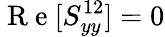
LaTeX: \mathrm{~R~e~}[S_{yy}^{12}]=0